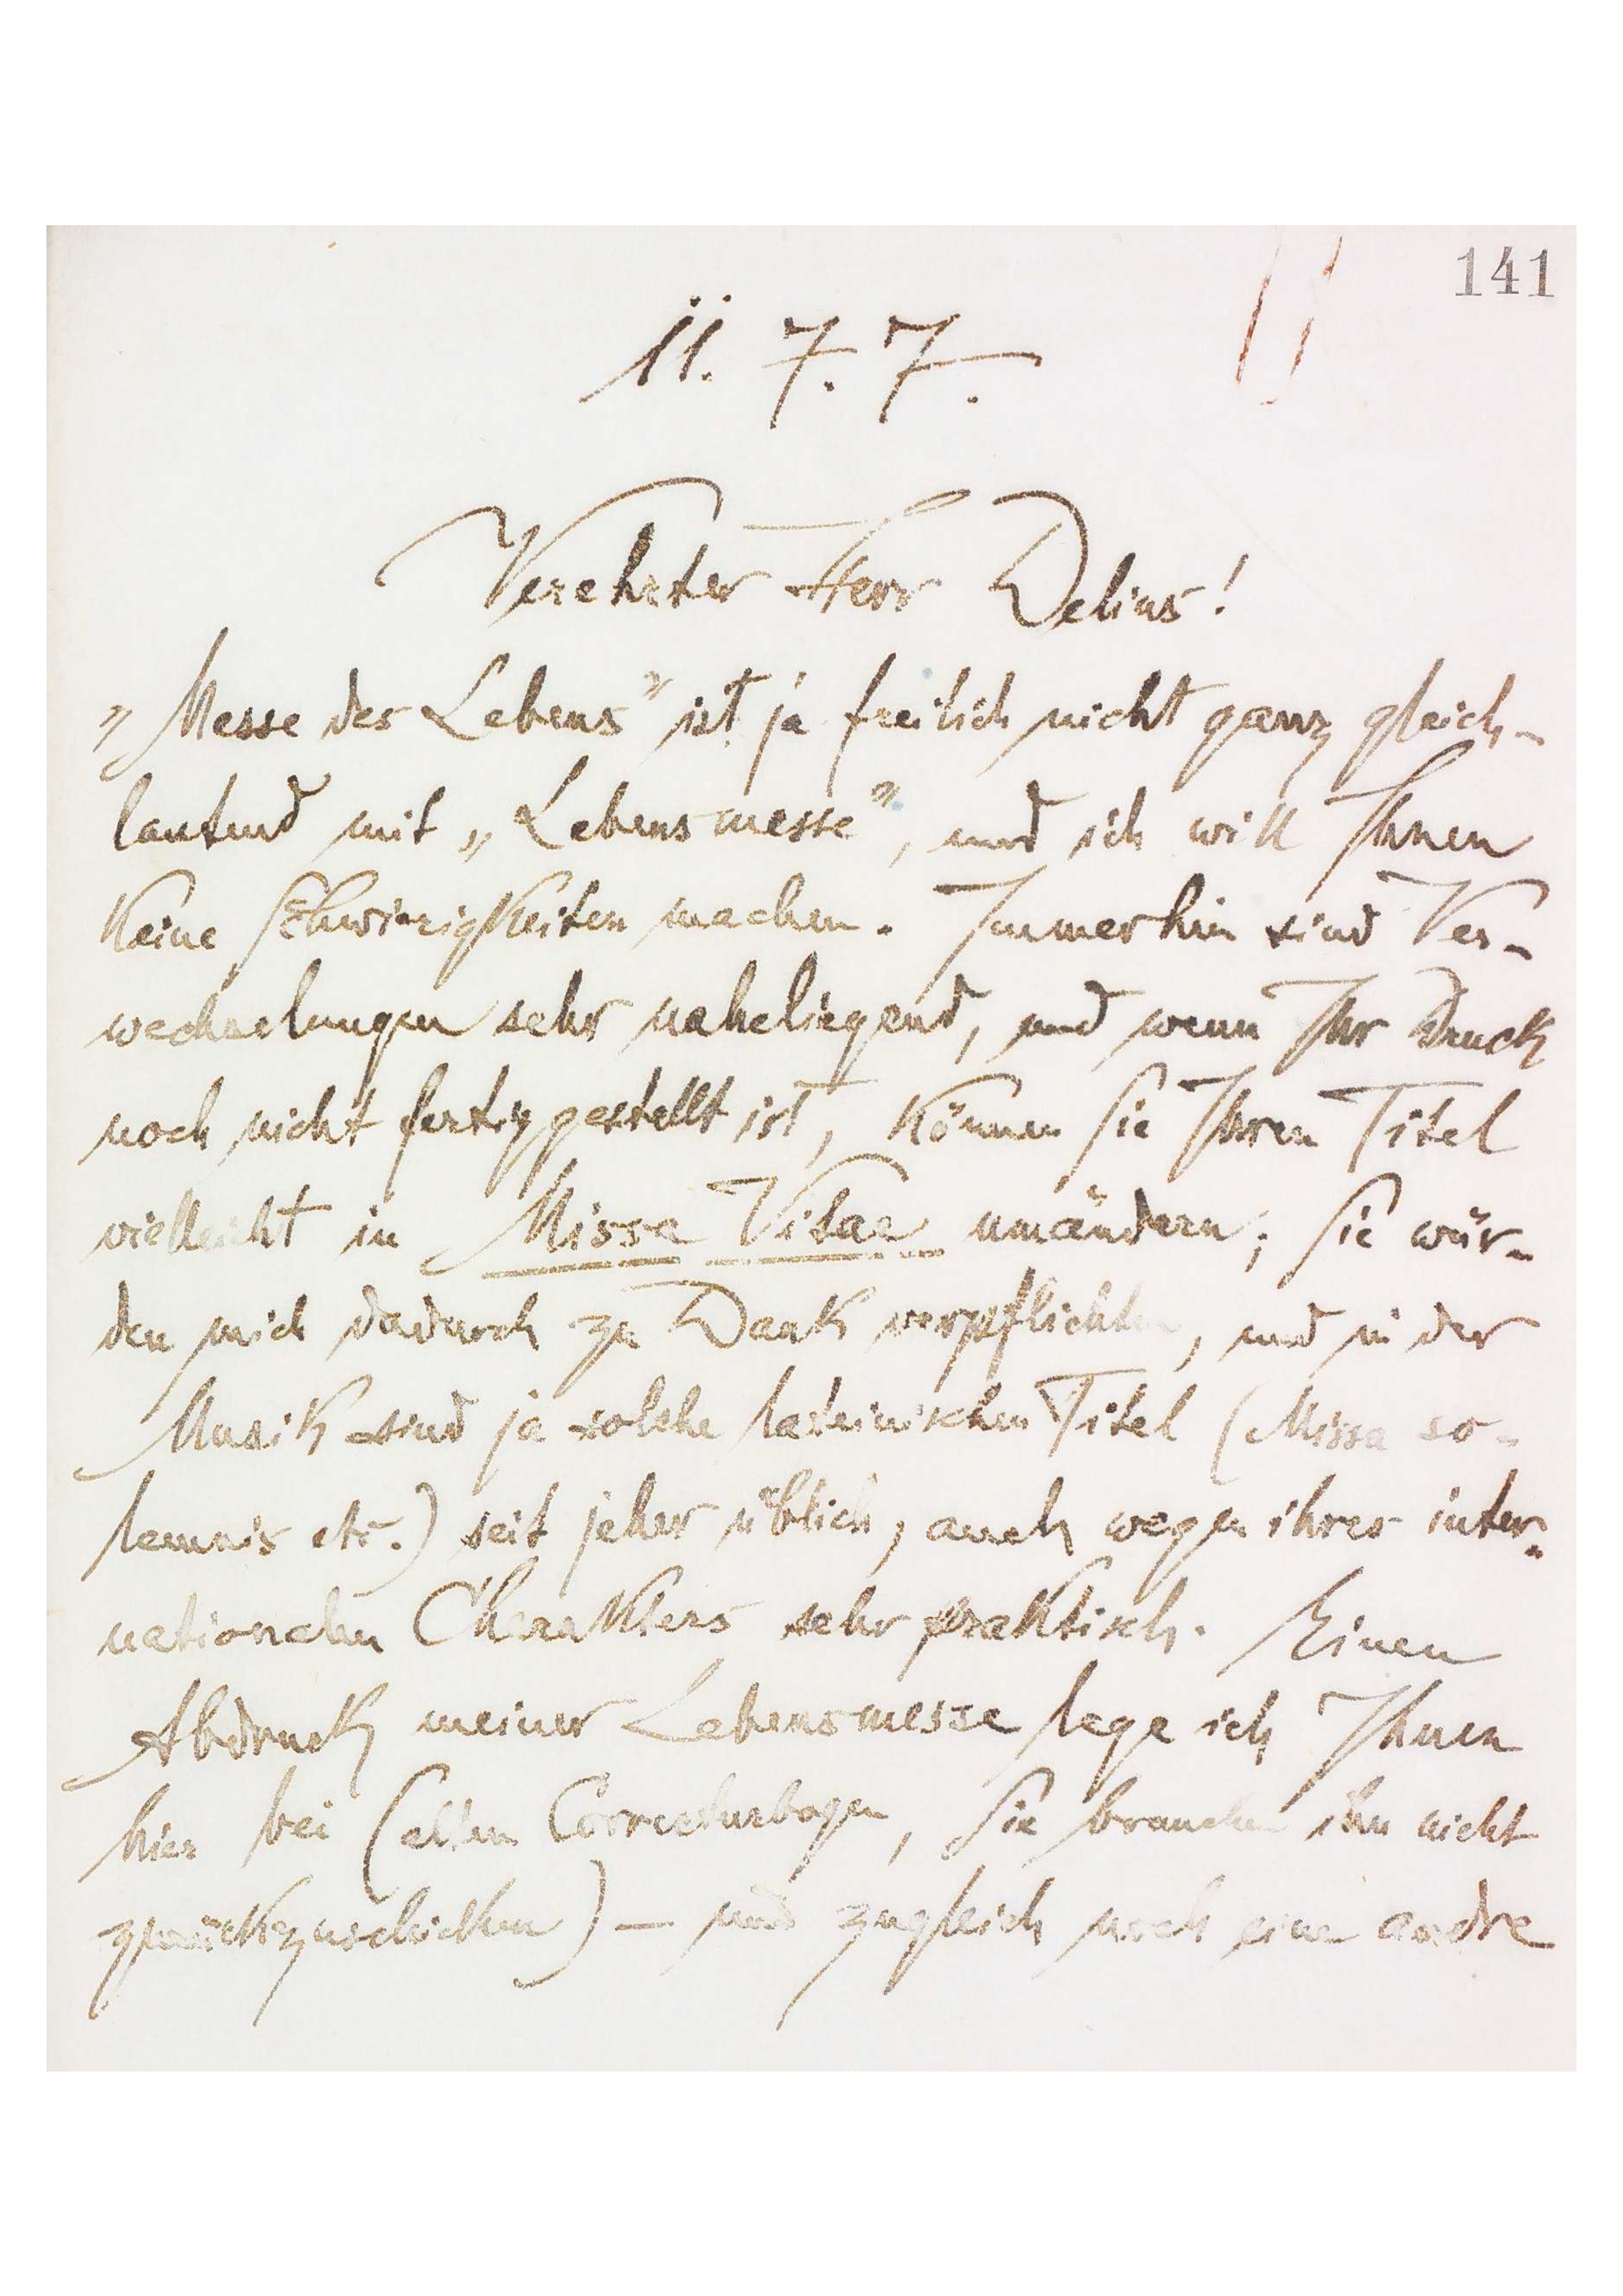
141
1.7.7
Verehrer Herr Dlis!
Mese des Lebens‟ ist ja freilich nicht ganz gleich-
lautend mit „Lebensmestse‟, und ich will Ihnen
keine Schwierigkeiten machen. Immerhin sind Ver-
wechslungen sehr naheliegend, und wenn Ihr Drurck
noch nicht fertig gestellt ist, können Sie Ihren Titel
vielleiht n Missa Vitae umändern, Sie wür-
den mich dadurch zu Dank verpflichten, und wider
Musik sind ja solche taterenichen Titel (Misa so
a ec.) seit jeher üblich, auch wegen ihrer juten
naionalen Cheratllers sehr pünktich. Meinen
Adruck meiner Lebensmesse ege ich Ihnen
hies bei (alen Corecturbogen, Sie brauchen ihn nicht
zurückzuschicken) - uns zugleich uch eine easte